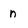
Character: n